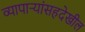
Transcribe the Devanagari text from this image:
व्यापार्‍यांसहदेखील